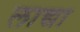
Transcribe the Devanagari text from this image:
लाद्या